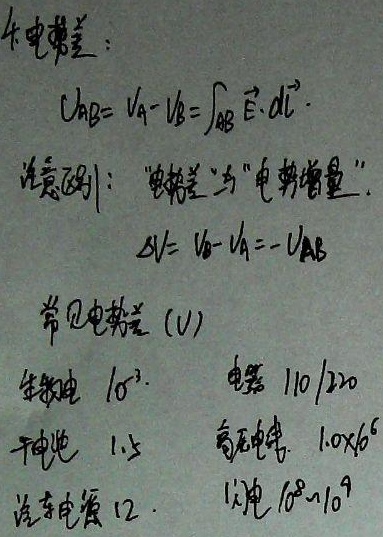
4.电势差：
\[U_{AB}= V_{A}-V_{B}=\int_{A}^{B} \vec{E}\cdot d\vec{l}\]
注意区别：“电势差”与“电势增量”。
\[\Delta V= V_{B}-V_{A}=-U_{AB}\]
常见电势差（V）：市电 \(10^{2}\)，电器 \(110/220\)，干电池 \(1.5\)，高压电 \(1.0\times 10^{6}\)，汽车电瓶 \(12\)，闪电 \(10^{8}\sim 10^{9}\)